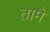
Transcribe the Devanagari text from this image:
तामे